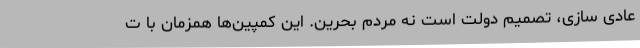
عادی سازی، تصمیم دولت است نه مردم بحرین. این کمپین‌ها همزمان با ت